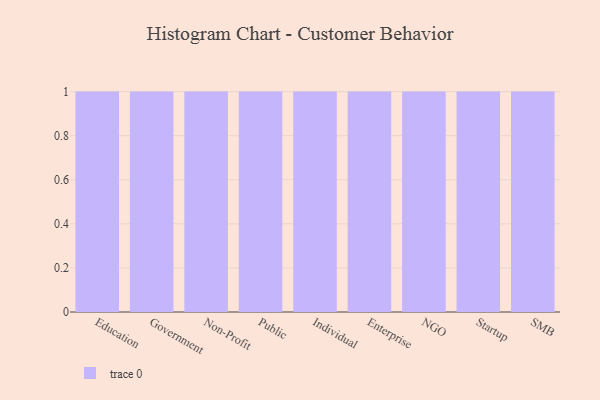
{"axis": {"x": "Segment", "y": "Budget (USD K)"}, "legend": [""], "data": [{"x": "Education", "y": 7, "type": ""}, {"x": "Government", "y": 70, "type": ""}, {"x": "Non-Profit", "y": 74, "type": ""}, {"x": "Public", "y": 67, "type": ""}, {"x": "Individual", "y": 67, "type": ""}, {"x": "Enterprise", "y": 83, "type": ""}, {"x": "NGO", "y": 3, "type": ""}, {"x": "Startup", "y": 99, "type": ""}, {"x": "SMB", "y": 76, "type": ""}]}